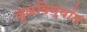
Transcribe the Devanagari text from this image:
जुळविण्यांत